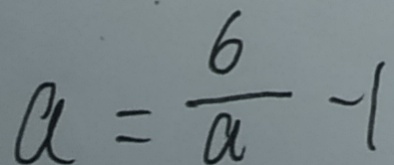
a = \frac { 6 } { a } - 1